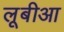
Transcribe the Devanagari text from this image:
लूबीआ